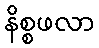
နိစ္စဖလာ